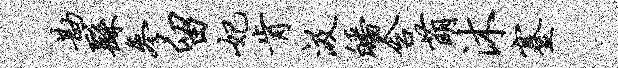
勘繇参留妃肯汲皤含萌沐蹇